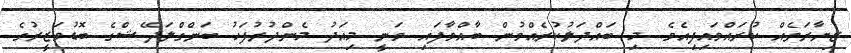
ޒިޔާރަތެއް ކުރައްވައިފިއެވެ. މި ބައްދަލުކުރެއްވުން ބާއްވާފައި ވަނީ މިއަދު މެންދުރުފަހު ބަންގްލަދޭޝްގެ ބޮޑުވަޒީރުގެ